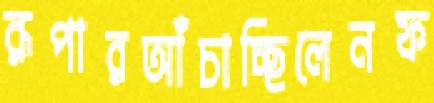
রূপারআঁচাচ্ছিলেনফ